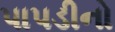
પાપડીનો